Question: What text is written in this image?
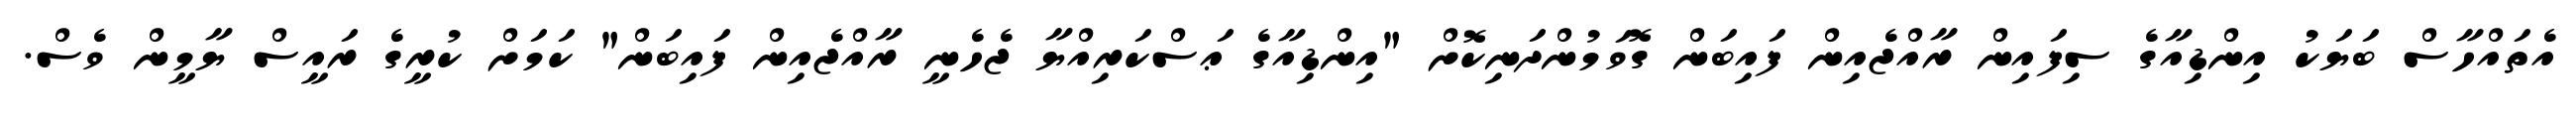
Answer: އެތައްހާސް ބަޔަކު އިންޑިއާގެ ސިފައިން ރާއްޖެއިން ފައިބަން ގޮވަމުންދަނިކޮށް "އިންޑިއާގެ ޢަސްކަރިއްޔާ ޖެހެނީ ރާއްޖެއިން ފައިބަން" ކަމަށް ކުރީގެ ރައީސް ޔާމީން ވެސް.